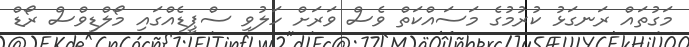
މަގުތައް ރަނގަޅު ކުރުމުގެ މަސައްކަތް ވެސް ވަރަށް ހަލުވި ސްޕީޑެއްގައި މޯލްޑިވްސް ރޯޑް